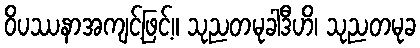
ဝိပဿနာအကျင့်ဖြင့်။ သုညတမုခါဒီဟိ၊ သုညတမုခ